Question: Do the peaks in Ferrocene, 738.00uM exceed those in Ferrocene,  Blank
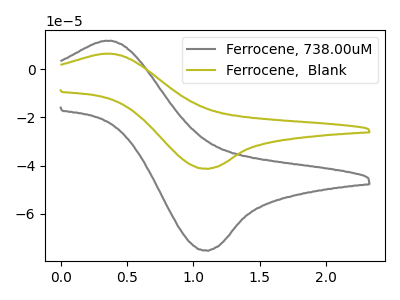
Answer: <think>The gray curve "Ferrocene, 738.00uM" has an anodic peak at (0.40V, 11.90uA) and a cathodic peak at (1.10V, -75.35uA). The olive curve "Ferrocene,  Blank" has an anodic peak at (0.40V, 6.55uA) and a cathodic peak at (1.10V, -41.30uA).</think>
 <answer>Every peak in "Ferrocene, 738.00uM" is higher than every peak in "Ferrocene,  Blank".</answer>
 <eval>higher</eval>